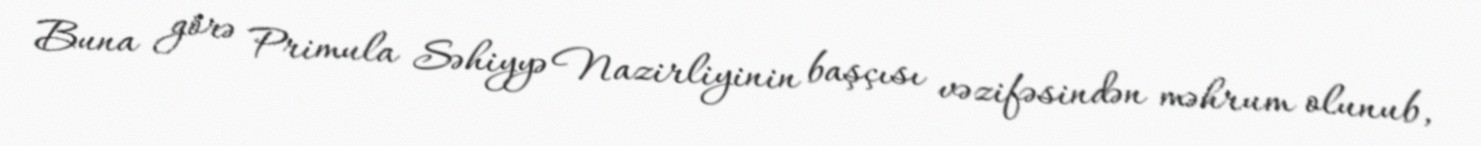
Buna görə Primula Səhiyyə Nazirliyinin başçısı vəzifəsindən məhrum olunub,